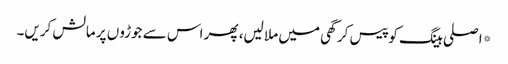
*اصلی ہینگ کو پیس کر گھی میں ملا لیں، پھر اس سے جوڑوں پر مالش کریں۔